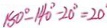
1 8 0 ^ { \circ } - 1 4 0 ^ { \circ } - 2 0 ^ { \circ } = 2 0